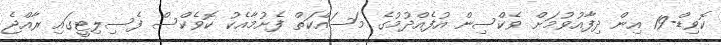
ކޮވިޑް-19 އިން ދިފާއުވުމަށް ވެކްސިން އުފެއްދުމުގެ މަސައްކަތް ފެށުމާއެކު ކޮވެކްސް ފެސިލިޓީގައި ރާއްޖެ